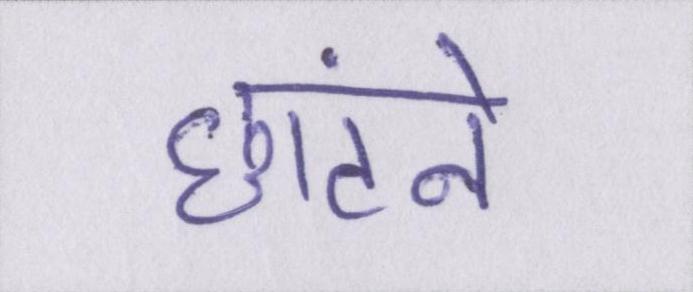
छांटने